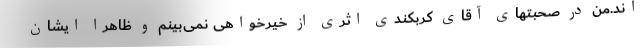
اند.من در صحبتهای آقای کربکندی اثری از خیرخواهی نمی‌بینم و ظاهرا ایشان